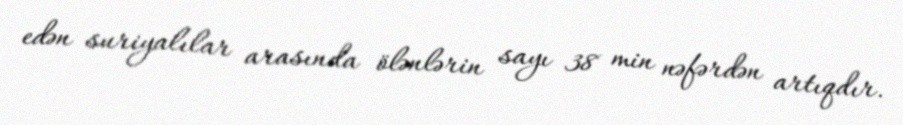
edən suriyalılar arasında ölənlərin sayı 38 min nəfərdən artıqdır.